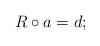
LaTeX: \begin{align*}R\circ a=d;\end{align*}